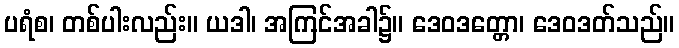
ပရံစ၊ တစ်ပါးလည်း။ ယဒါ၊ အကြင်အခါ၌။ ဒေဝဒတ္တော၊ ဒေဝဒတ်သည်။